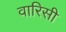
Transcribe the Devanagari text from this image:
वारिसी